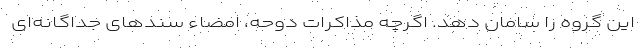
این گروه را سامان دهد. اگرچه مذاکرات دوحه، امضاء سندهای جداگانه‌ای